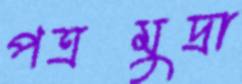
পত্রমুদ্রা